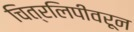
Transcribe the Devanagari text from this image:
चित्रलिपीवरून